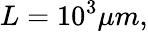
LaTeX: L=10^{3}\mu m,